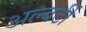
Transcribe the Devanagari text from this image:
अल्बर्टी